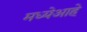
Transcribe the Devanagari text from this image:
मध्येआहे